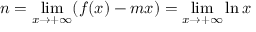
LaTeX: n = \operatorname* { l i m } _ { x \rightarrow + \infty } ( f ( x ) - m x ) = \operatorname* { l i m } _ { x \rightarrow + \infty } \ln x